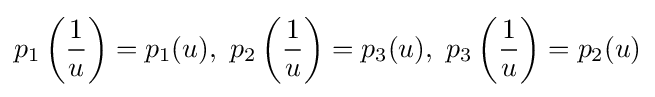
p_{1}\left({\frac {1}{u}}\right)=p_{1}(u),\ p_{2}\left({\frac {1}{u}}\right)=p_{3}(u),\ p_{3}\left({\frac {1}{u}}\right)=p_{2}(u)